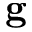
\mathbf { g }